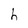
Character: h